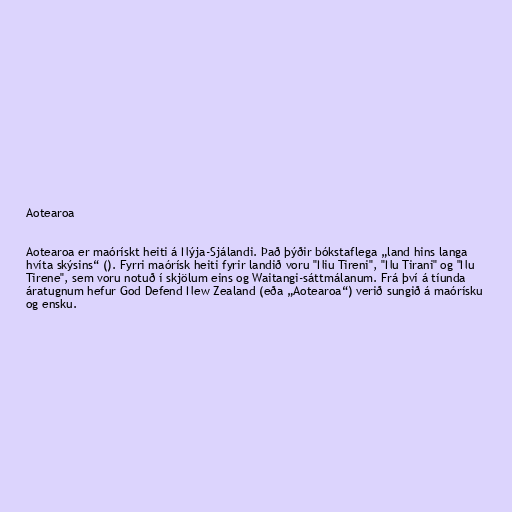
Aotearoa

Aotearoa er maórískt heiti á Nýja-Sjálandi. Það þýðir bókstaflega „land hins langa
hvíta skýsins“ (). Fyrri maórísk heiti fyrir landið voru "Niu Tireni", "Nu Tirani" og "Nu
Tirene", sem voru notuð í skjölum eins og Waitangi-sáttmálanum. Frá því á tíunda
áratugnum hefur God Defend New Zealand (eða „Aotearoa“) verið sungið á maórísku
og ensku.